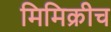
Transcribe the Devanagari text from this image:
मिमिक्रीच